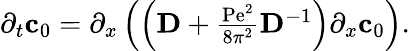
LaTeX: \begin{array}{r}{\partial_{t}\mathbf{c}_{0}=\partial_{x}\left(\left(\mathbf{D}+\frac{\mathrm{Pe}^{2}}{8\pi^{2}}\mathbf{D}^{-1}\right)\partial_{x}\mathbf{c}_{0}\right).}\end{array}